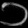
Digit: ၁